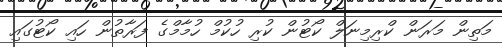
މަތިން މަރަން ކްރިމިނަލް ކޯޓުން ކުރި ހުކުމް ހުމާމްގެ ފަރާތުން ހައި ކޯޓުގައި